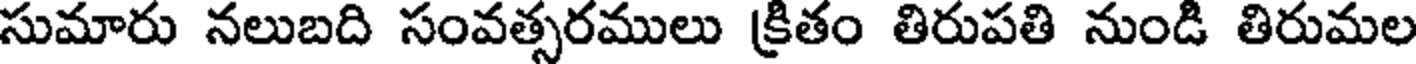
సుమారు నలుబది సంవత్సరములు క్రితం తిరుపతి నుండి తిరుమల